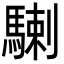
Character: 𩤲